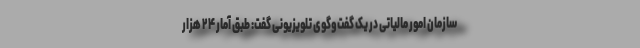
سازمان امور مالیاتی در یک گفت‌وگوی تلویزیونی گفت:‌ طبق آمار ۲۴ هزار